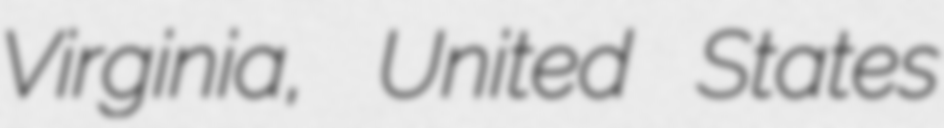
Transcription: Virginia, United States